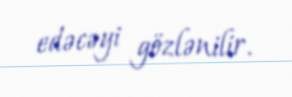
edəcəyi gözlənilir.